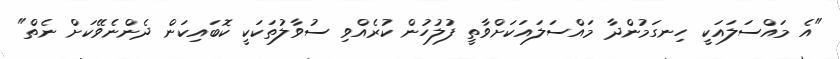
"އެ މައްސަލައަކީ ހިނގަމުންދާ މައްސަލައަކަށްވާތީ ފުލުހުން ކުރެއްވި ސުވާލުތަކަކީ ކޮބައިކަން ދެންނެވޭކަށް ނެތް"